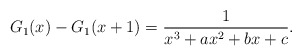
\begin{align*}G_1(x)-G_1(x+1)=\frac{1}{x^3 + a x^2 + b x + c}.\end{align*}